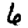
Digit: 6